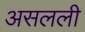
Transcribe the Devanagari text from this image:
असलली